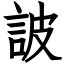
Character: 詖